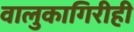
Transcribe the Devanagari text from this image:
वालुकागिरीही